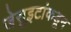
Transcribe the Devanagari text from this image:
जेसुइटांकडून